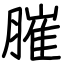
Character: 膗